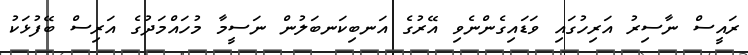
ރައީސް ނާސިރު އަރިހުގައި ވަޑައިގެންނެވި އޭރުގެ އަނބިކަނބަލުން ނަސީމާ މުހައްމަދުގެ އަރިސް ބޭފުޅަކު